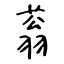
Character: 蓊